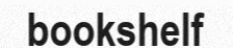
bookshelf